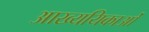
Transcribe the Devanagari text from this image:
आख्ययिकाओं